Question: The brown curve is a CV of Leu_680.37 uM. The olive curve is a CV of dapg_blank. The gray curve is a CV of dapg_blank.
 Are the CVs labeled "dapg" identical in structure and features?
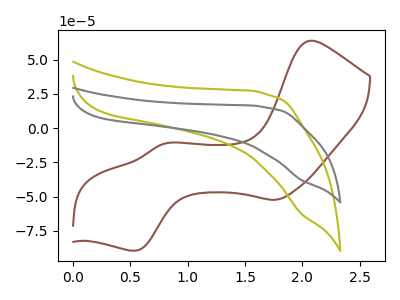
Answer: <think>The brown curve "Leu_680.37 uM" has anodic peaks at (2.05V, 63.70uA) (0.80V, -11.60uA) and cathodic peaks at (1.75V, -52.35uA) (0.55V, -89.50uA). The olive curve "dapg_blank" has no peaks. The gray curve "dapg_blank" has no peaks.
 "Leu_680.37 uM" and "dapg_blank" have a different number of peaks. "Leu_680.37 uM" and "dapg_blank" have a different number of peaks. Neither "dapg_blank" or "dapg_blank" have any peaks.</think>
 <answer>All the CV's of "dapg" have similar shape.</answer>
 <eval>follow_rule</eval>